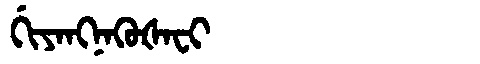
Manchu: ᡤᡳᠶᠠᠩᠨᠠᡴᡠᡧᠠᠸᡳ
Romanization: GIYANGNAKUŠAFI